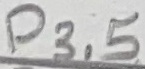
Text: P3.5